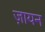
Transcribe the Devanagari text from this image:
ज़ायन